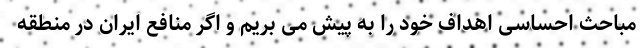
مباحث احساسی اهداف خود را به پیش می بریم و اگر منافع ایران در منطقه